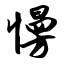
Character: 慢